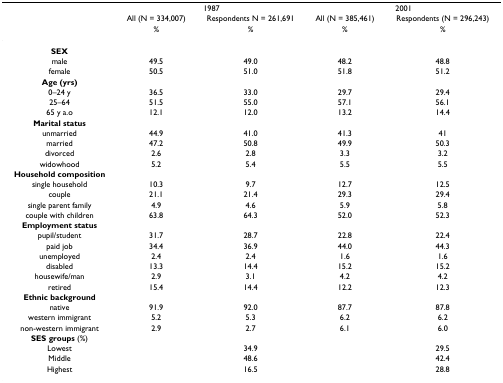
<table><thead><tr><td></td><td colspan="2"><b>1987</b></td><td colspan="2"><b>2001</b></td></tr><tr><td></td><td><b>All (N = 334,007)</b></td><td><b>Respondents N = 261,691</b></td><td><b>All (N = 385,461)</b></td><td><b>Respondents (N = 296,243)</b></td></tr><tr><td></td><td><b>%</b></td><td><b>%</b></td><td><b>%</b></td><td><b>%</b></td></tr></thead><tbody><tr><td><b>SEX</b></td><td></td><td></td><td></td><td></td></tr><tr><td>male</td><td>49.5</td><td>49.0</td><td>48.2</td><td>48.8</td></tr><tr><td>female</td><td>50.5</td><td>51.0</td><td>51.8</td><td>51.2</td></tr><tr><td><b>Age (yrs)</b></td><td></td><td></td><td></td><td></td></tr><tr><td>0–24 y</td><td>36.5</td><td>33.0</td><td>29.7</td><td>29.4</td></tr><tr><td>25–64</td><td>51.5</td><td>55.0</td><td>57.1</td><td>56.1</td></tr><tr><td>65 y a.o</td><td>12.1</td><td>12.0</td><td>13.2</td><td>14.4</td></tr><tr><td><b>Marital status</b></td><td></td><td></td><td></td><td></td></tr><tr><td>unmarried</td><td>44.9</td><td>41.0</td><td>41.3</td><td>41</td></tr><tr><td>married</td><td>47.2</td><td>50.8</td><td>49.9</td><td>50.3</td></tr><tr><td>divorced</td><td>2.6</td><td>2.8</td><td>3.3</td><td>3.2</td></tr><tr><td>widowhood</td><td>5.2</td><td>5.4</td><td>5.5</td><td>5.5</td></tr><tr><td><b>Household composition</b></td><td></td><td></td><td></td><td></td></tr><tr><td>single household</td><td>10.3</td><td>9.7</td><td>12.7</td><td>12.5</td></tr><tr><td>couple</td><td>21.1</td><td>21.4</td><td>29.3</td><td>29.4</td></tr><tr><td>single parent family</td><td>4.9</td><td>4.6</td><td>5.9</td><td>5.8</td></tr><tr><td>couple with children</td><td>63.8</td><td>64.3</td><td>52.0</td><td>52.3</td></tr><tr><td><b>Employment status</b></td><td></td><td></td><td></td><td></td></tr><tr><td>pupil/student</td><td>31.7</td><td>28.7</td><td>22.8</td><td>22.4</td></tr><tr><td>paid job</td><td>34.4</td><td>36.9</td><td>44.0</td><td>44.3</td></tr><tr><td>unemployed</td><td>2.4</td><td>2.4</td><td>1.6</td><td>1.6</td></tr><tr><td>disabled</td><td>13.3</td><td>14.4</td><td>15.2</td><td>15.2</td></tr><tr><td>housewife/man</td><td>2.9</td><td>3.1</td><td>4.2</td><td>4.2</td></tr><tr><td>retired</td><td>15.4</td><td>14.4</td><td>12.2</td><td>12.3</td></tr><tr><td><b>Ethnic background</b></td><td></td><td></td><td></td><td></td></tr><tr><td>native</td><td>91.9</td><td>92.0</td><td>87.7</td><td>87.8</td></tr><tr><td>western immigrant</td><td>5.2</td><td>5.3</td><td>6.2</td><td>6.2</td></tr><tr><td>non-western immigrant</td><td>2.9</td><td>2.7</td><td>6.1</td><td>6.0</td></tr><tr><td><b>SES groups </b>(%)</td><td></td><td></td><td></td><td></td></tr><tr><td>Lowest</td><td></td><td>34.9</td><td></td><td>29.5</td></tr><tr><td>Middle</td><td></td><td>48.6</td><td></td><td>42.4</td></tr><tr><td>Highest</td><td></td><td>16.5</td><td></td><td>28.8</td></tr></tbody></table>